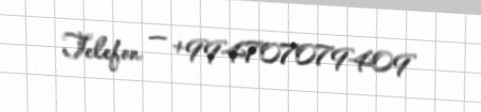
Telefon — +994707079409